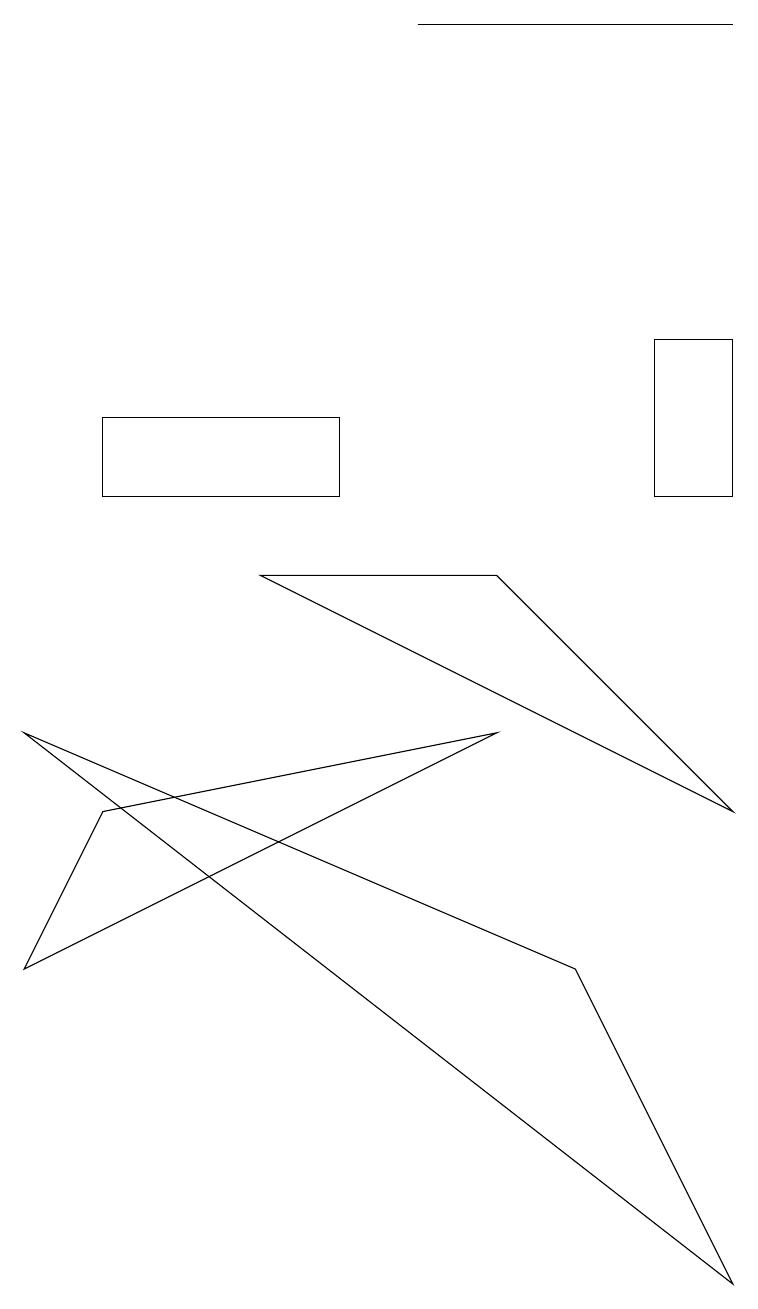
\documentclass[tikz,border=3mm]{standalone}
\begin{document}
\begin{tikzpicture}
\draw (0,7) -- (7,4) -- (9,0) -- cycle;
\draw (5,16) rectangle (9,16);
\draw (9,12) rectangle (8,10);
\draw (1,6) -- (6,7) -- (0,4) -- cycle;
\draw (4,11) rectangle (1,10);
\draw (9,6) -- (3,9) -- (6,9) -- cycle;
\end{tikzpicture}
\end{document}